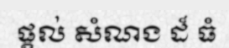
ផ្តល់ សំណង ដ៏ ធំ